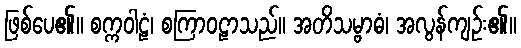
ဖြစ်ပေ၏။ စက္ကဝါဠံ၊ စကြာဝဠာသည်။ အတိသမ္ဗာဓံ၊ အလွန်ကျဉ်း၏။